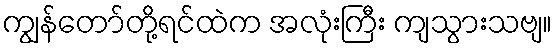
ကျွန်တော်တို့ရင်ထဲက အလုံးကြီး ကျသွားသဗျ။